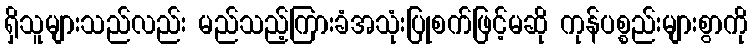
ရှိသူများသည်လည်း မည်သည့်ကြားခံအသုံးပြုစက်ဖြင့်မဆို ကုန်ပစ္စည်းများစွာကို